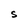
Character: S